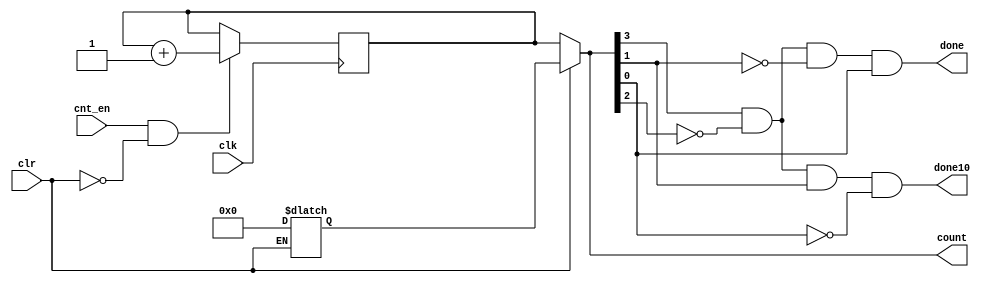
`timescale 1ns / 1ps
module counter(clk,clr,cnt_en,done,done10,count);
  input clk,clr,cnt_en;
  output done,done10;
  
  output reg [3:0] count;
  reg [3:0] count1,count2=1;
  
  and G1 (done,count[3],~count[2],~count[1],count[0]);
  and G2 (done10,count[3],~count[2],count[1],~count[0]);
  
  always @(posedge clk)
    begin
      if(cnt_en && ~clr)
        count2<=count2+4'b1;
    end
    
  always @(*)
  begin
    if(clr)
    begin
        count1<=0;
        count<=count1;
    end
    else
    	count<=count2;
  end
endmodule